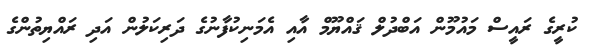
ކުރީގެ ރައީސް މައުމޫން އަބްދުލް ޤައްޔޫމް އާއި އެމަނިކުފާނުގެ ދަރިކަލުން އަދި ރައްޔިތުންގެ